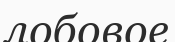
лобовое